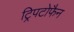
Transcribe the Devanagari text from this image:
ट्रिपटोफैन